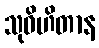
သုဝိဟိတာန